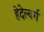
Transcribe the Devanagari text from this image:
हेदेल्बर्ग